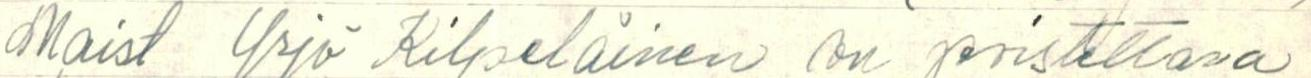
Maist Yrjö Kilpeläinen on poistettava